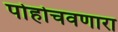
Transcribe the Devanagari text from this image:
पोहोचवणारा